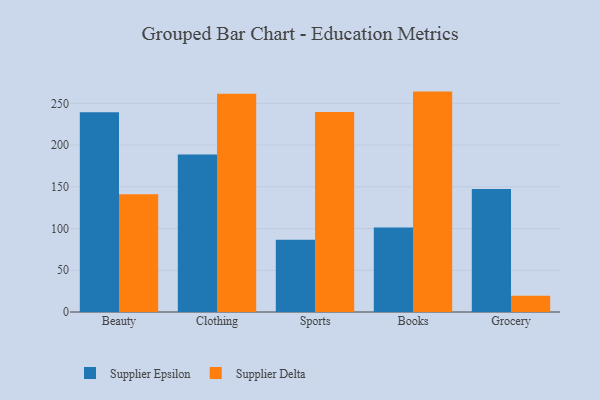
{"axis": {"x": "Category", "y": "Humidity (%)"}, "legend": ["Supplier Delta", "Supplier Epsilon"], "data": [{"x": "Beauty", "y": 239.4, "type": "Supplier Epsilon"}, {"x": "Beauty", "y": 141.0, "type": "Supplier Delta"}, {"x": "Clothing", "y": 188.7, "type": "Supplier Epsilon"}, {"x": "Clothing", "y": 261.4, "type": "Supplier Delta"}, {"x": "Sports", "y": 86.7, "type": "Supplier Epsilon"}, {"x": "Sports", "y": 239.7, "type": "Supplier Delta"}, {"x": "Books", "y": 101.2, "type": "Supplier Epsilon"}, {"x": "Books", "y": 264.1, "type": "Supplier Delta"}, {"x": "Grocery", "y": 147.4, "type": "Supplier Epsilon"}, {"x": "Grocery", "y": 19.5, "type": "Supplier Delta"}]}